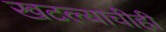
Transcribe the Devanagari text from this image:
खटल्याचीही